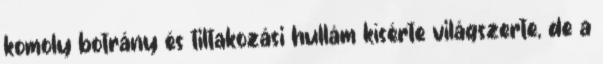
komoly botrány és tiltakozási hullám kísérte világszerte, de a